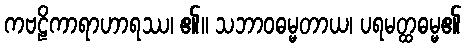
ကဗဠိကာရာဟာရဿ၊ ၏။ သဘာဝဓမ္မတာယ၊ ပရမတ္ထဓမ္မ၏